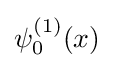
\psi _{0}^{(1)}(x)